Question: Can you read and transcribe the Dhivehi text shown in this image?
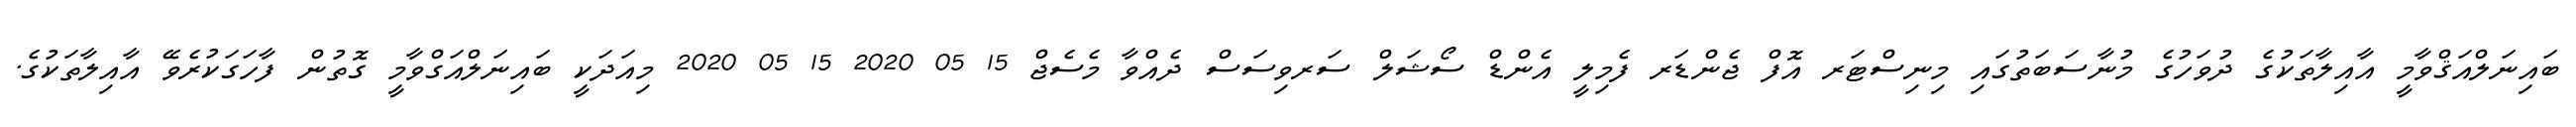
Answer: ބައިނަލްއަޤްވާމީ އާއިލާތަކުގެ ދުވަހުގެ މުނާސަބަތުގައި މިނިސްޓަރ އޮފް ޖެންޑަރ ފެމިލީ އެންޑް ސޯޝަލް ސަރވިސަސް ދެއްވާ މެސެޖް 15 05 2020 15 05 2020 މިއަދަކީ ބައިނަލްއަގްވާމީ ގޮތުން ފާހަގަކުރެވޭ އާއިލާތަކުގެ.